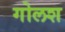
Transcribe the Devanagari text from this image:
गोलश